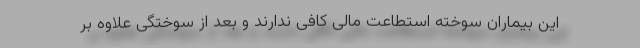
این بیماران سوخته استطاعت مالی کافی ندارند و بعد از سوختگی علاوه ‌بر